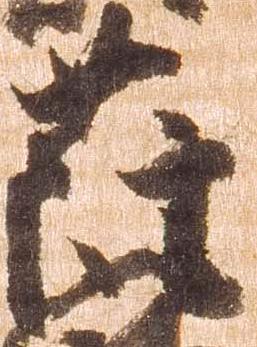
薩